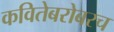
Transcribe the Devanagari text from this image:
कवितेबरोबरच